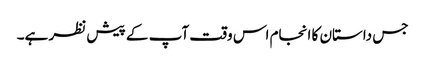
جس داستان کا انجام اس وقت آپ کے پیش نظر ہے۔